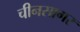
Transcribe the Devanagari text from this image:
चीनसागर